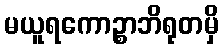
မယူရကောဉ္စာဘိရုတမှိ